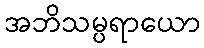
အဘိသမ္ပရာယော